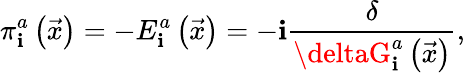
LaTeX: \pi_{\mathbf{i}}^{a}\left(\vec{{x}}\right)=-E_{\mathbf{i}}^{a}\left(\vec{{x}}\right)=-\mathbf{i}\frac{{\delta}}{{\deltaG_{\mathbf{i}}^{a}\left(\vec{{x}}\right)}},